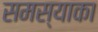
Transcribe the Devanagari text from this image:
समस्याका